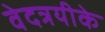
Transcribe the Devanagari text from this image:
वेदत्रयीके